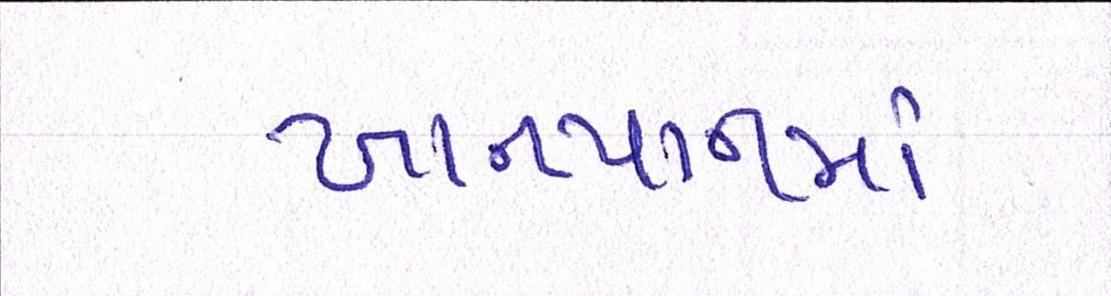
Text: ખાનપાનમાં